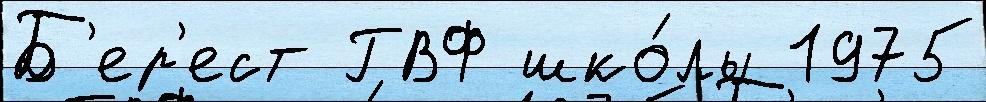
Б'ер'ест ГВФ шко́лы 1975